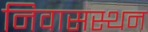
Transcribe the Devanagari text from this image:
निवासस्थन